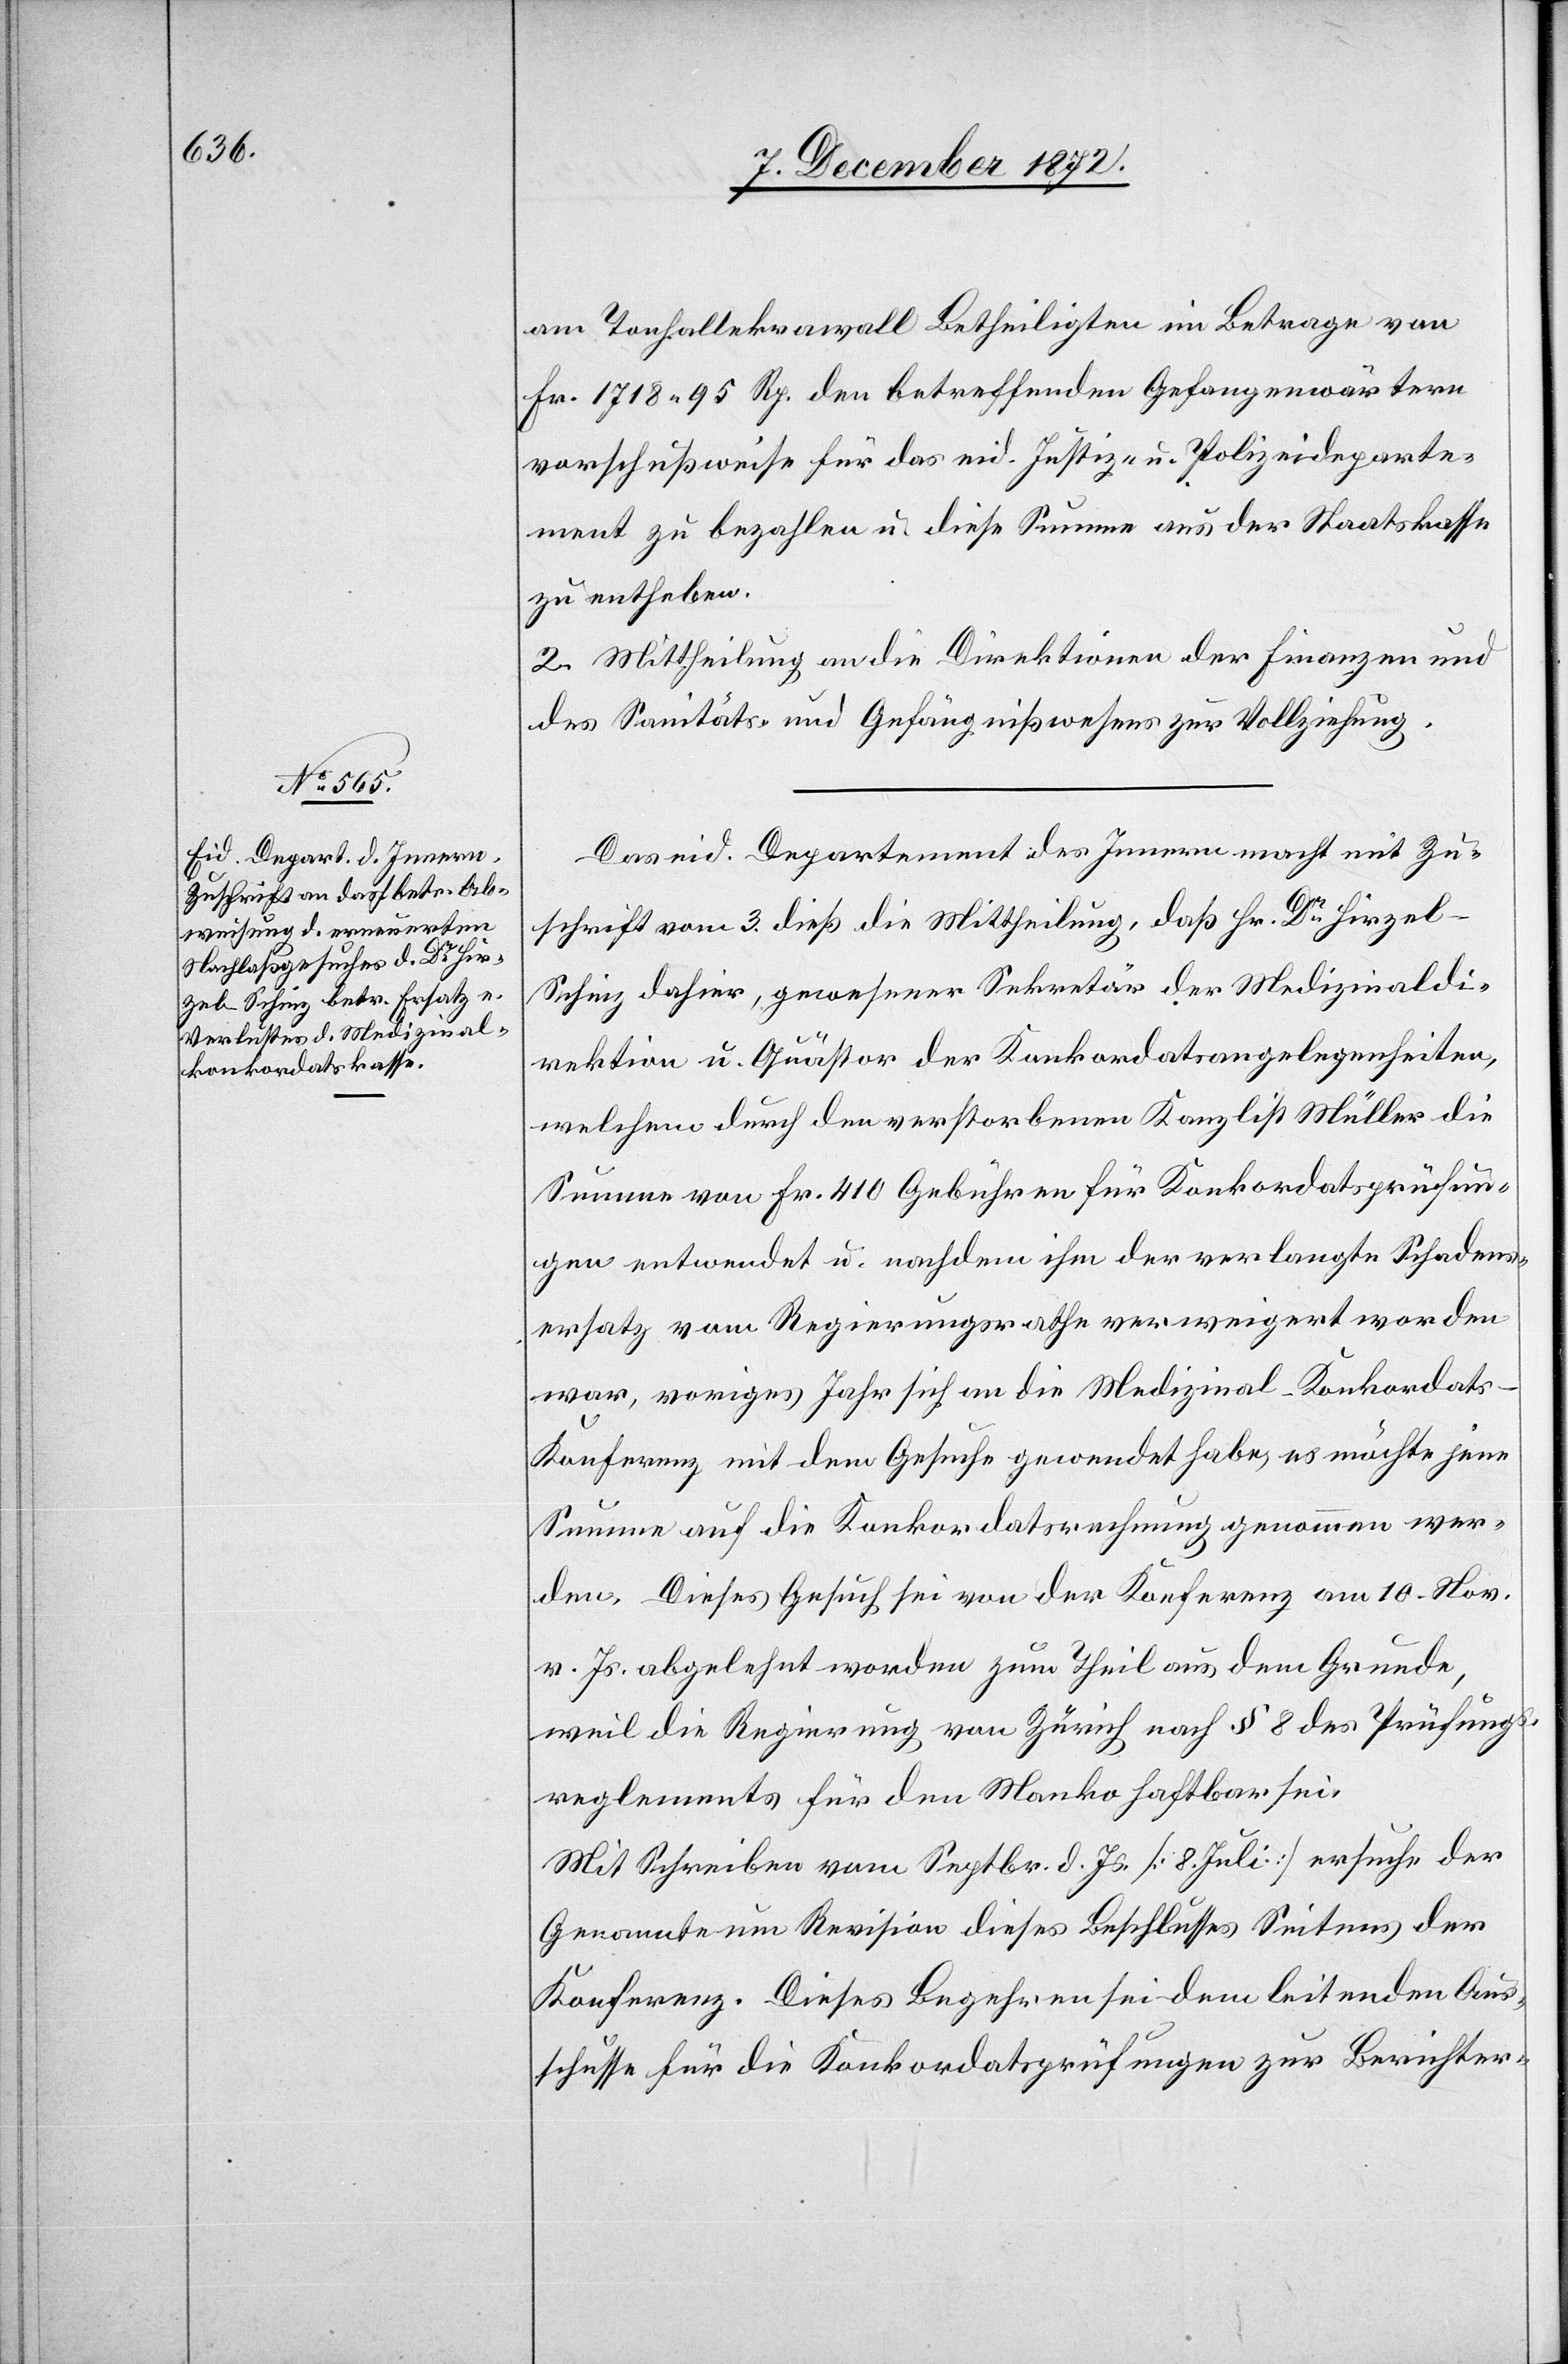
am Tonhallekrawall Betheiligten im Betrage von
Fr. 1718 95 Rp. den betreffenden Gefangenwärtern
vorschußweise für das eid. Justiz- u. Polizeideparte¬
ment zu bezahlen u. diese Summe aus der Staatskasse
zu entheben.
2. Mittheilung an die Direktion der Finanzen und
das Sanitäts- und Gefängnißwesens zur Vollziehung.
Das eid. Departement des Innern macht mit Zu¬
schrift vom 3. dieß die Mittheilung, daß Hr. Dr Hirze¬
l-Schinz dahier, gewesener Sekretär der Medizinaldi¬
rektion u. Quästor der Konkordatsangelegenheiten,
welchem durch den verstorbenen Kanzlist Müller die
Summe von Fr. 410 Gebühren für Konkordatsprüfun¬
gen entwendet u. nachdem ihm der verlangte Schadens¬
ersatz vom Regierungsrathe verweigert worden
war, voriges Jahr sich an die Medizinal-Konkordats-K¬
onferenz mit dem Gesuche gewendet habe, es möchte jene
Summe auf die Konkordatsrechnung genommen wer¬
den. Dieses Gesuch sei von der Konferenz am 10. Nov.
v. Js. abgelehnt worden zum Theil aus dem Grunde,
weil die Regierung von Zürich nach § 8 des Prüfungs¬
reglements für den Manko haftbar sei.
Mit Schreiben vom Septbr. d. Js. [8. Juli] ersuche der
Genannte um Revision dieses Beschlusses Seitens der
Konferenz. Dieses Begehren sei dem leitenden Aus¬
schusse für die Konkordatsprüfungen zur Berichter-